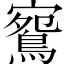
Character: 𪂦